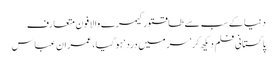
دنیا کے سب سے طاقتورکیمرے والا فون متعارف
پاکستانی فلم دیکھ کر ’سر میں درد‘ ہوگیا، عمران عباس